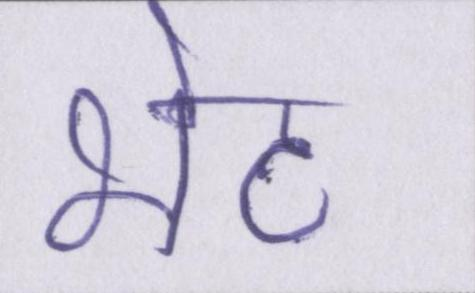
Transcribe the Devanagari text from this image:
भेट